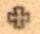
+